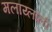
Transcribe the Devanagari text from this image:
मलाय्लाली